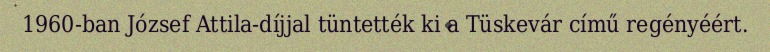
1960-ban József Attila-díjjal tüntették ki a Tüskevár című regényéért.